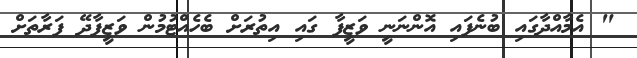
" އެމާއްދާގައި ބުނެފައި އޮންނަނީ ވަޒީފާ ގައި އިތުރަށް ބެހެއްޓުމުން ވަޒީފާދޭ ފަރާތަށް